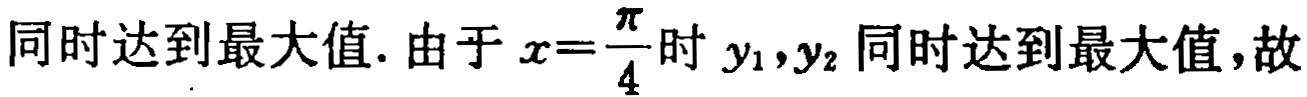
同时达到最大值. 由于$x = \frac{\pi}{4}$时$y_1,y_2$同时达到最大值,故